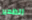
الظهير